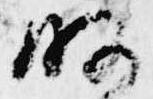
略